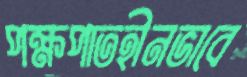
পক্ষপাতহীনভাবে